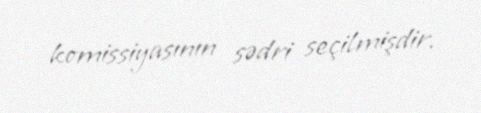
komissiyasının sədri seçilmişdir.